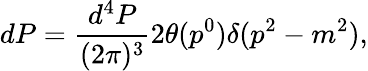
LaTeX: dP={\frac{d^{4}P}{(2\pi)^{3}}}2\theta(p^{0})\delta(p^{2}-m^{2}),